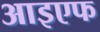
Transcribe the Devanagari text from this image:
आइएफ